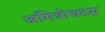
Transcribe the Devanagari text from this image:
अमित्रोचटस